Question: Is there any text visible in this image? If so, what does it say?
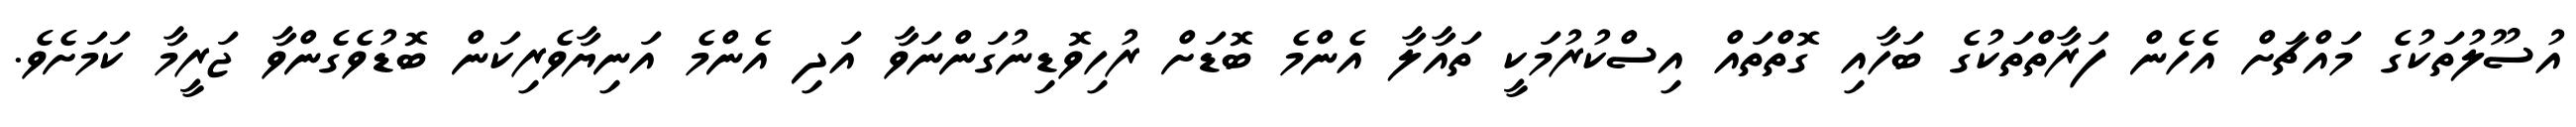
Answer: އުސޫލުތަކުގެ މައްޗަށް އެހެން ފަރާތްތަކުގެ ބަހާއި ގޮތްތައް އިސްކުރުމަކީ ތައާލާ އެންމެ ބޮޑަށް ރުހިވޮޑިނުގަންނަވާ އަދި އެންމެ އަނިޔާވެރިކަން ބޮޑުވެގެންވާ ޖަރީމާ ކަމަށެވެ.